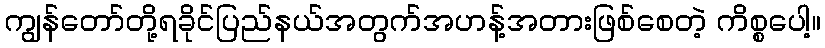
ကျွန်တော်တို့ရခိုင်ပြည်နယ်အတွက်အဟန့်အတားဖြစ်စေတဲ့ ကိစ္စပေါ့။